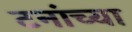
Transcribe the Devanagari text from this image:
टनांच्या